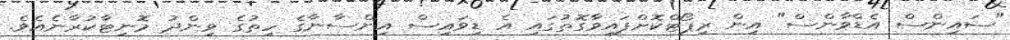
"ސައިންސް އެޑްވާންސް" އިން ރިޕޯޓްކޮށްފައިވާގޮތުގައި އެ ޑިވައިސް އިންސާނާގެ ހިތުގެ ވިންދު މޮނިޓާކުރާނެއެވެ.